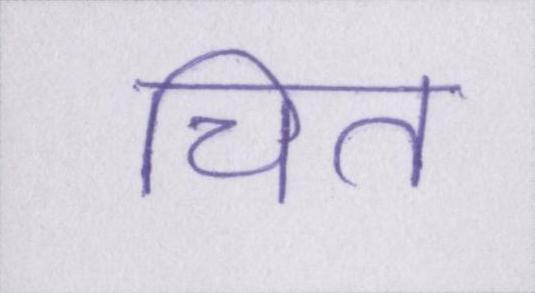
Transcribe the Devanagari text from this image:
चित